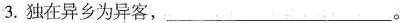
3.独在异乡为异客，___。